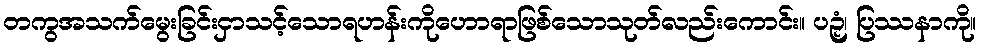
တကွအသက်မွေးခြင်းငှာသင့်သောရဟန်းကိုဟောရာဖြစ်သောသုတ်လည်းကောင်း။ ပဉှံ၊ ပြဿနာကို။